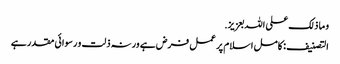
و ما ذلک علی اللہ بعزیز.
التصنیف : کامل اسلام پر عمل فرض ہے ورنہ ذلت و رسوائی مقدر ہے